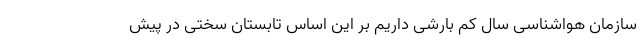
سازمان هواشناسی سال کم بارشی داریم بر این اساس تابستان سختی در پیش